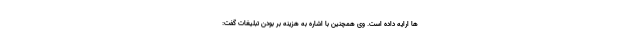
ها ارایه داده است. وی همچنین با اشاره به هزینه بر بودن تبلیغات گفت: